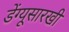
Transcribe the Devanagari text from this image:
डेंग्यूसारखी